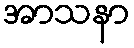
အာသနာ